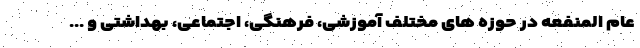
عام المنفعه در حوزه های مختلف آموزشی، فرهنگی، اجتماعی، بهداشتی و ...